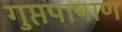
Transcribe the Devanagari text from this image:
गुप्तपाषाण